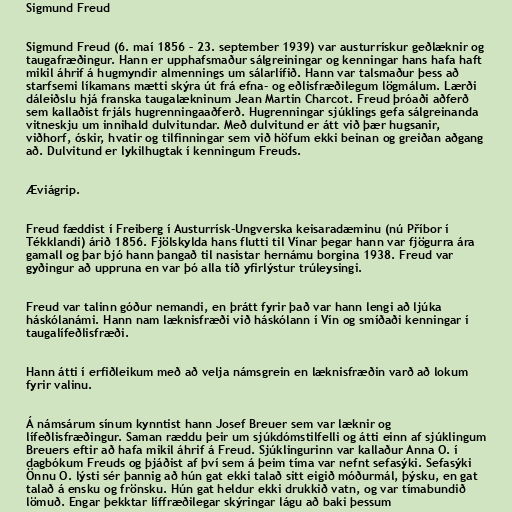
Sigmund Freud

Sigmund Freud (6. maí 1856 – 23. september 1939) var austurrískur geðlæknir og
taugafræðingur. Hann er upphafsmaður sálgreiningar og kenningar hans hafa haft
mikil áhrif á hugmyndir almennings um sálarlífið. Hann var talsmaður þess að
starfsemi líkamans mætti skýra út frá efna- og eðlisfræðilegum lögmálum. Lærði
dáleiðslu hjá franska taugalækninum Jean Martin Charcot. Freud þróaði aðferð
sem kallaðist frjáls hugrenningaaðferð. Hugrenningar sjúklings gefa sálgreinanda
vitneskju um innihald dulvitundar. Með dulvitund er átt við þær hugsanir,
viðhorf, óskir, hvatir og tilfinningar sem við höfum ekki beinan og greiðan aðgang
að. Dulvitund er lykilhugtak í kenningum Freuds.

Æviágrip.

Freud fæddist í Freiberg í Austurrísk-Ungverska keisaradæminu (nú Příbor í
Tékklandi) árið 1856. Fjölskylda hans flutti til Vínar þegar hann var fjögurra ára
gamall og þar bjó hann þangað til nasistar hernámu borgina 1938. Freud var
gyðingur að uppruna en var þó alla tíð yfirlýstur trúleysingi.

Freud var talinn góður nemandi, en þrátt fyrir það var hann lengi að ljúka
háskólanámi. Hann nam læknisfræði við háskólann í Vín og smíðaði kenningar í
taugalífeðlisfræði.

Hann átti í erfiðleikum með að velja námsgrein en læknisfræðin varð að lokum
fyrir valinu.

Á námsárum sínum kynntist hann Josef Breuer sem var læknir og
lífeðlisfræðingur. Saman ræddu þeir um sjúkdómstilfelli og átti einn af sjúklingum
Breuers eftir að hafa mikil áhrif á Freud. Sjúklingurinn var kallaður Anna O. í
dagbókum Freuds og þjáðist af því sem á þeim tíma var nefnt sefasýki. Sefasýki
Önnu O. lýsti sér þannig að hún gat ekki talað sitt eigið móðurmál, þýsku, en gat
talað á ensku og frönsku. Hún gat heldur ekki drukkið vatn, og var tímabundið
lömuð. Engar þekktar líffræðilegar skýringar lágu að baki þessum